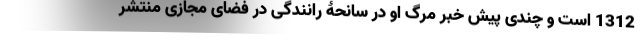
1312 است و چندی پیش خبر مرگ او در سانحۀ رانندگی در فضای مجازی منتشر